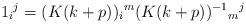
LaTeX: \begin{align*}1_i{}^j = (K(k+p))_i{}^m (K(k+p))^{-1}{}_m{}^j\end{align*}